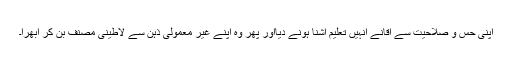
اپنی حس و صلاحیت سے آقانے اُنہیں تعلیم آشنا ہونے دیااور پھر وہ اپنے غیر معمولی ذہن سے لاطینی مصنف بن کر اُبھرا۔